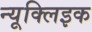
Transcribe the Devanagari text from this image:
न्यूक्लिइक